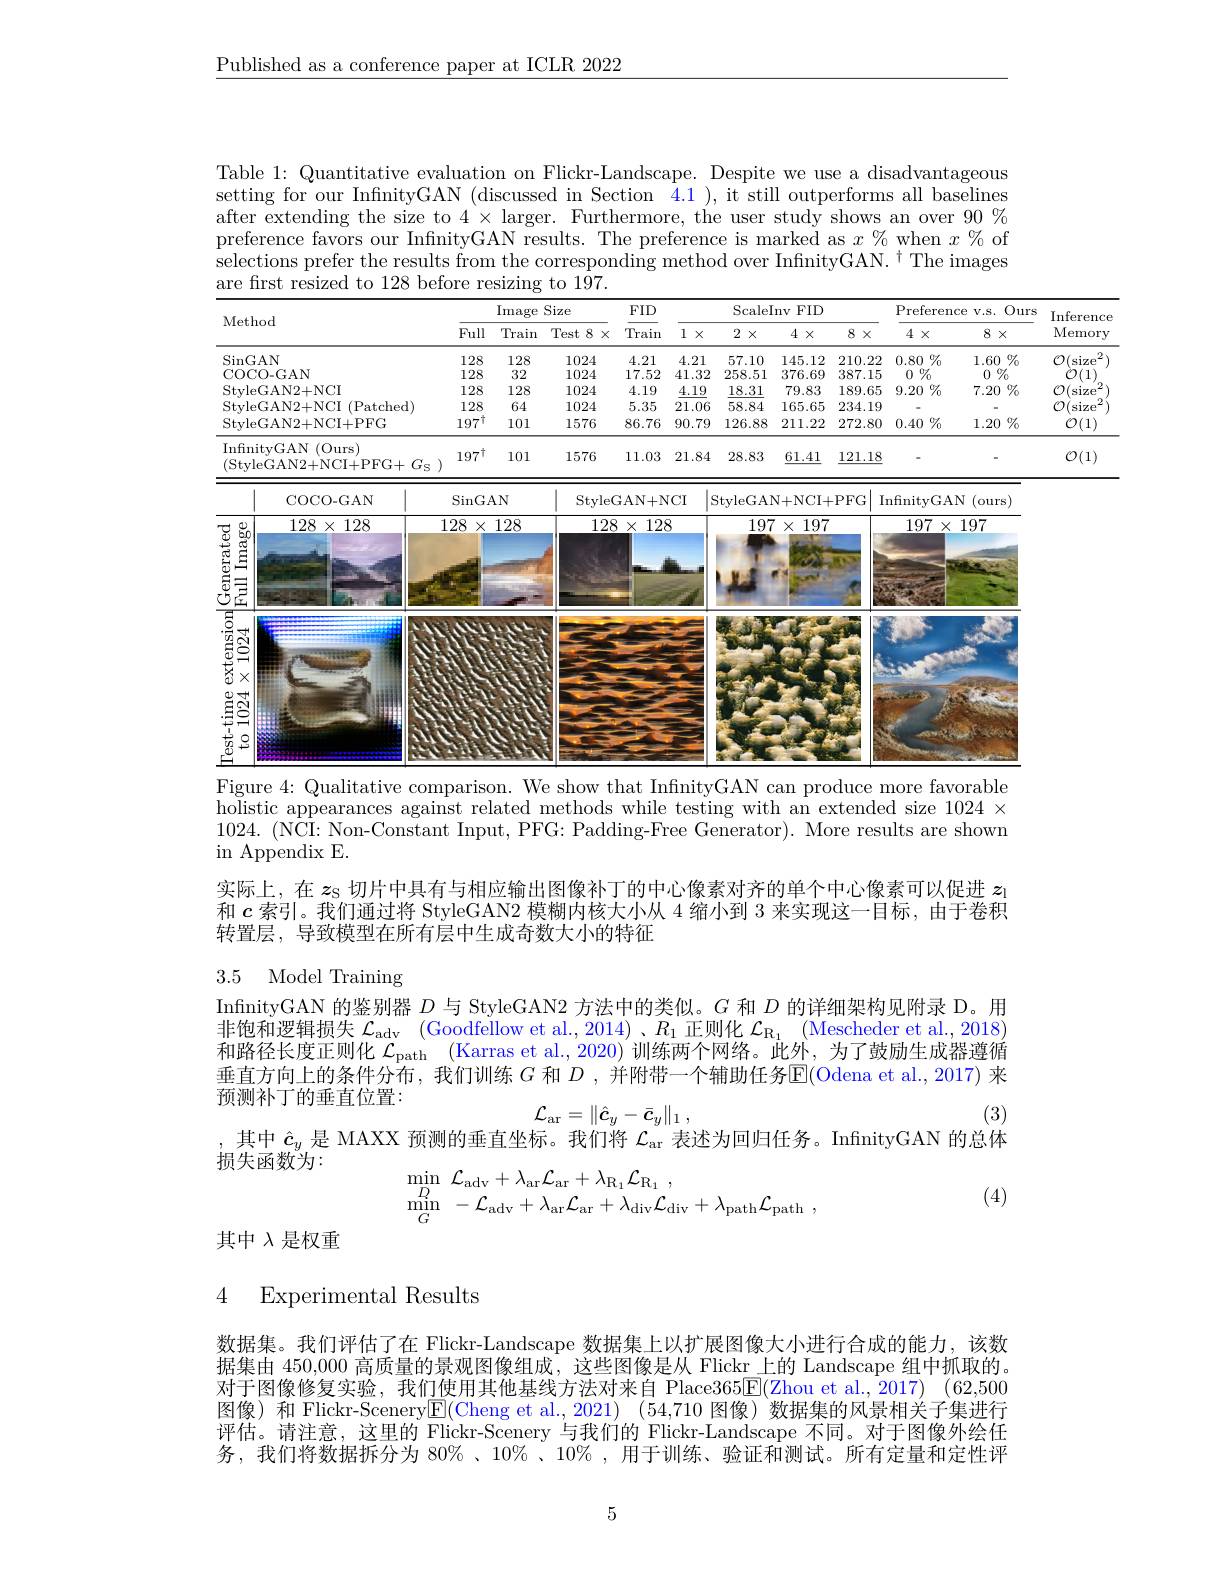
$\underline{\text{Published as a conference paper at ICLR 2022}}$

Table 1: Quantitative evaluation on Flickr-Landscape. Despite we use a disadvantageous setting for our InfinityGAN (discussed in Section 4.1), it still outperforms all baselines after extending the size to $4\times$ larger. Furthermore, the user study shows an over $90\%$ preference favors our InfnityGAN results. The preference is marked as $x\%$ when $x\%$ of $\mathrm{selections~prefer~the~results~from~the~corresponding~method~over~InfinityGAN.~}^{\dagger}$The images are first resized to 128 before resizing to 197.

<table>
	<tbody>
		<tr>
			<th colspan="4">Method</th>
			<th colspan="3">Image Size</th>
			<th rowspan="2">FID Train</th>
			<th> </th>
			<th colspan="3">ScaleInv FID</th>
			<th>$F$</th>
			<th>referenc</th>
			<th>{:}e $V.S.$</th>
			<th rowspan="2">Ours </th>
		</tr>
		<tr>
			<th>Full</th>
			<th>Train</th>
			<th>Test 8 $\times$</th>
			<th>1 $X$</th>
			<th>2 $X$ </th>
			<th>4</th>
			<th>8</th>
			<th>$X$</th>
			<th>$4\times$</th>
			<th>8</th>
		</tr>
		<tr>
			<td colspan="4">$\operatorname{SinGAN}$ $COCO$ $CAM$</td>
			<td>128</td>
			<td>128</td>
			<td>1024</td>
			<td>4.21</td>
			<td>4.21</td>
			<td>57.10</td>
			<td> 0</td>
			<td>2 210.</td>
			<td>.22 0</td>
			<td>$\%$ .80</td>
			<td>1.60</td>
			<td>$\%$ 0</td>
		</tr>
		<tr>
			<td>128</td>
			<td>32</td>
			<td>1024</td>
			<td>17.52</td>
			<td>41.32</td>
			<td>258.51</td>
			<td>51 37</td>
			<td>387. 9</td>
			<td>15</td>
			<td>$\%$ 0</td>
			<td>0</td>
			<td>$\%$</td>
		</tr>
		<tr>
			<td>Style</td>
			<td>$\Xi$AN2+NCI</td>
			<td>128</td>
			<td>128</td>
			<td>1024</td>
			<td>4.19</td>
			<td>4.19</td>
			<td>18.31</td>
			<td>1 7!</td>
			<td>189.</td>
			<td>65 9</td>
			<td>.20 $\%$</td>
			<td>7.20</td>
			<td>$\%$ 0</td>
		</tr>
		<tr>
			<td>Style</td>
			<td>$\Xi$AN2+NCI (Patched)</td>
			<td>128</td>
			<td>64</td>
			<td>1024</td>
			<td>5.35</td>
			<td>21.06</td>
			<td>58.84</td>
			<td>.4 16</td>
			<td>5 234.</td>
			<td>19</td>
			<td> </td>
			<td>1</td>
			<td> </td>
		</tr>
		<tr>
			<td>Stylet</td>
			<td>GAN2+ NCI+ PFG</td>
			<td>$197^{\dagger}$</td>
			<td>101</td>
			<td>1576</td>
			<td>86.76</td>
			<td>90.79</td>
			<td>126.88</td>
			<td>38 21</td>
			<td>2 272.</td>
			<td>.80 0</td>
			<td>.40 $\%$ T</td>
			<td>1.20</td>
			<td>$\%$ 0</td>
		</tr>
		<tr>
			<td>Infini (Styl$\epsilon$</td>
			<td>${\mathrm{yGAN~(Ours)}}$ GAN2+ NCI+ PFG+ $G_{\mathrm{S} }$ )</td>
			<td>$197^\dagger$</td>
			<td>101</td>
			<td>1576</td>
			<td>11.03</td>
			<td>21.84</td>
			<td>28.83</td>
			<td>3 61</td>
			<td>121 </td>
			<td>$\underline{18}$</td>
			<td> </td>
			<td>-</td>
			<td> </td>
		</tr>
		<tr>
			<td> </td>
			<td>COCO- GAN</td>
			<td>$SinG.$ </td>
			<td>$AN$</td>
			<td>Style</td>
			<td>GAN+ N</td>
			<td>$CI$ $|_{4}$ </td>
			<td>$\operatorname{StyleGA}$</td>
			<td>{:}AN+ </td>
			<td>[+PFG</td>
			<td>Infi $\frac{1}{T}$</td>
			<td>nityGAN</td>
			<td>$V$ (our</td>
			<td>rs)</td>
		</tr>
		<tr>
			<td> $\underrightarrow{\Xi}$</td>
			<td>$1\angle0\times1\angle0$</td>
			<td>$\angle0\times$</td>
			<td>$\mathbf{I}\angle\mathbf{O}$</td>
			<td>$1L($</td>
			<td>$X\bot\angle C$</td>
			<td> </td>
			<td>19 LE</td>
			<td>$.91\times$</td>
			<td> </td>
			<td> </td>
			<td>$191X$</td>
			<td>$19i$</td>
			<td> </td>
		</tr>
		<tr>
			<td>$E$ - T 二 </td>
			<td> </td>
			<td> </td>
			<td> </td>
			<td> </td>
			<td> </td>
			<td> </td>
			<td> </td>
			<td> </td>
			<td> </td>
			<td> </td>
			<td>小</td>
			<td>MA 空</td>
			<td>$\frac{1}{2}$</td>
		</tr>
		<tr>
			<td>est- time ext $\begin{array}{c}{\times}\\{-}\\{-}\end{array}$ to 1024</td>
			<td>貢</td>
			<td> </td>
			<td> </td>
			<td> </td>
			<td> </td>
			<td> </td>
			<td> </td>
			<td> </td>
			<td> </td>
			<td> </td>
			<td>11335</td>
			<td> </td>
			<td> </td>
		</tr>
	</tbody>
</table>

Figure 4: Qualitative comparison. We show that InfinityGAN can produce more favorable

holistic appearances against related methods while testing with an extended size $1024\times$ 1024. (NCI: Non-Constant Input, PFG: Padding-Free Generator). More results are shown in Appendix E.

实际上，在$z_\mathrm{s}$切片中具有与相应输出图像补丁的中心像素对齐的单个中心像素可以促进$z_\mathrm{l}$ 和$c$索引。我们通过将 StyleGAN2 模糊内核大小从 4 缩小到 3 来实现这一目标，由于卷积转置层，导致模型在所有层中生成奇数大小的特征

# 3.5 Model Training

InfnityGAN 的鉴别器$D$与 StyleGAN2 方法中的类似。$G$和$D$的详细架构见附录 D。用非饱和逻辑损失$\mathcal{L} _\mathrm{adv}$ (Goodfellow et al.,2014)、R1.正则化$\mathcal{L} _\mathrm{R_1}$ (Mescheder et al.,2018) 和路径长度正则化$\mathcal{L}_\mathrm{path}($Karras et al., 2020) 训练两个网络。此外，为了鼓励生成器遵循垂直方向上的条件分布，我们训练$G$ 和 $D$ ,并附带一个辅助任务$\overline{\mathrm{E}}($Odena et al.,2017) 来预测补丁的垂直位置：
$$\mathcal{L}_{\mathrm{ar}}=\|\hat{c}_{y}-\bar{c}_{y}\|_{1}\:,$$
其中$\hat{c}_y$是 MAXX 预测的垂直坐标。我们将$\mathcal{L}_\mathrm{ar}$表述为回归任务。InfnityGAN 的总体

(3)

损失函数为：
$$\begin{array}{ll}\min\limits_{D}&\mathcal{L}_{\mathrm{adv}}+\lambda_{\mathrm{ar}}\mathcal{L}_{\mathrm{ar}}+\lambda_{\mathrm{R}_{1}}\mathcal{L}_{\mathrm{R}_{1}}\:,\\\min\limits_{G}&-\mathcal{L}_{\mathrm{adv}}+\lambda_{\mathrm{ar}}\mathcal{L}_{\mathrm{ar}}+\lambda_{\mathrm{div}}\mathcal{L}_{\mathrm{div}}+\lambda_{\mathrm{path}}\mathcal{L}_{\mathrm{path}}\:,\end{array}$$
(4)

其中$\lambda$是权重

### 4 Experimental Results

数据集。我们评估了在 Flickr-Landscape 数据集上以扩展图像大小进行合成的能力，该数据集由 450,000 高质量的景观图像组成，这些图像是从 Flickr 上的 Landscape 组中抓取的。对于图像修复实验，我们使用其他基线方法对来自 Place365$\overline {\mathrm{E} ( \text{Zhou et al. , 2017) }}$ (62,500图像) 和 Flickr-Scenery$\mathbb{E}($Cheng et al., 2021) (54,710 图像) 数据集的风景相关子集进行评估。请注意，这里的 Flickr-Scenery 与我们的 Flickr-Landscape 不同。对于图像外绘任务，我们将数据拆分为$80\%$、10%、$10\%$、用于训练、验证和测试。所有定量和定性评

5

Inference

Memory

$\mathcal{O} ( \mathrm{size}^2)$ $\mathcal{O}(1)$ $\mathcal{O} ( \mathrm{size}^2)$ $\mathcal{O} ( \mathrm{size}^2)$ $\mathcal{O} ( \mathrm{size}^2)$

$\dot{\mathcal{O}}(1)$

$\mathcal{O}(1)$